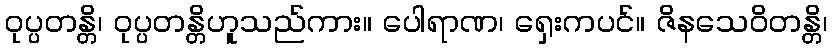
ဝုပ္ပတန္တိ၊ ဝုပ္ပတန္တိဟူသည်ကား။ ပေါရာဏ၊ ရှေးကပင်။ ဇိနသေဝိတန္တိ၊